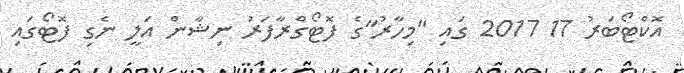
އޮކްޓޯބަރު 17 2017 ގައި "މިހާރު"ގެ ފޮޓޯގްރާފަރު ނިޝާން އަލީ ނެގި ފޮޓޯގައި